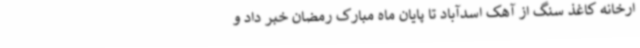
ارخانه کاغذ سنگ از آهک اسدآباد تا پایان ماه مبارک رمضان خبر داد و